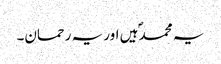
یہ محمدؐ ہیں اور یہ رحمان۔